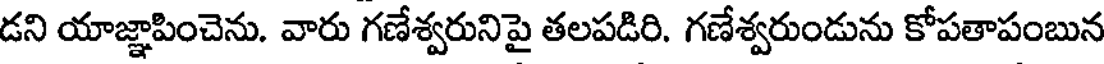
డని యాజ్ఞాపించెను. వారు గణేశ్వరునిపై తలపడిరి. గణేశ్వరుండును కోపతాపంబున